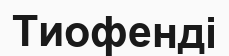
Тиофенді